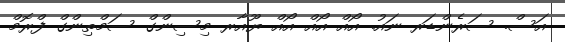
އަސް. ސަރެންޑަރ ނައު. އޯއް އޯއް އޯއް ޔޫއާރ މިސިންގް ސަމްތިންގް ފްރޮމް